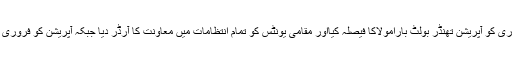
بھارتی ایجنسی را نے 10 جنوری کو آپریشن تھنڈر بولٹ بارامولاکا فیصلہ کیااور مقامی یونٹس کو تمام انتظامات میں معاونت کا آرڈر دیا جبکہ آپریشن کو فروری میں کرنے کا حکم بھی دیا گیا۔